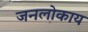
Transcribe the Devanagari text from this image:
जनलोकाय